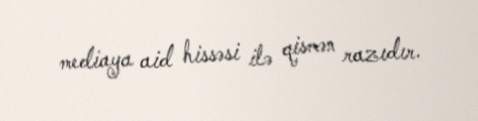
mediaya aid hissəsi ilə qismən razıdır.